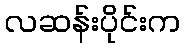
လဆန်းပိုင်းက